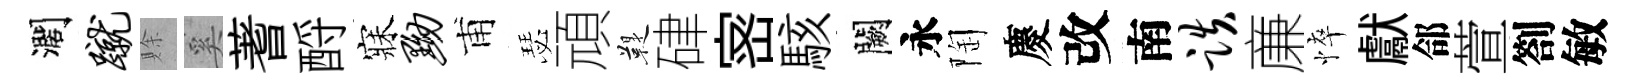
濶蹴賖奚蓍酹寐黝甫瑟頑鞮硉宻駭闕永陶慶改南跌亷悴獻郃萱劄敏